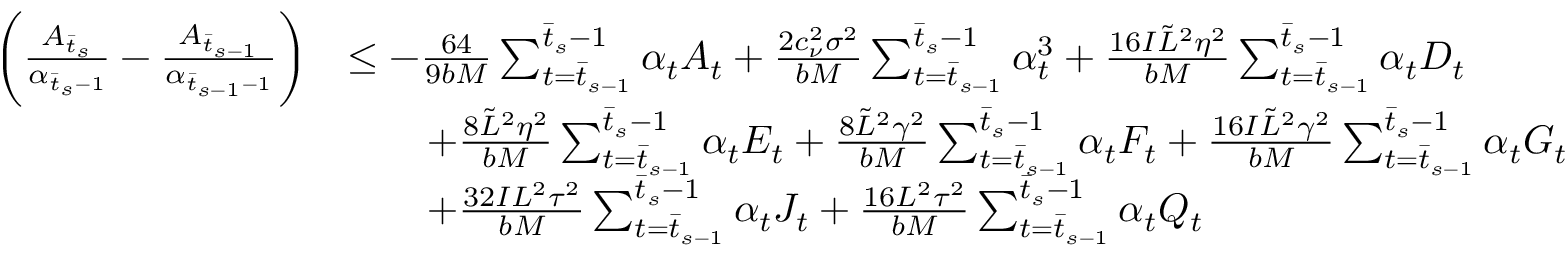
\begin{array} { r l } { \bigg ( \frac { A _ { \bar { t } _ { s } } } { \alpha _ { \bar { t } _ { s } - 1 } } - \frac { A _ { \bar { t } _ { s - 1 } } } { \alpha _ { \bar { t } _ { s - 1 } - 1 } } \bigg ) } & { \leq - \frac { 6 4 } { 9 b M } \sum _ { t = \bar { t } _ { s - 1 } } ^ { \bar { t } _ { s } - 1 } \alpha _ { t } A _ { t } + \frac { 2 c _ { \nu } ^ { 2 } \sigma ^ { 2 } } { b M } \sum _ { t = \bar { t } _ { s - 1 } } ^ { \bar { t } _ { s } - 1 } \alpha _ { t } ^ { 3 } + \frac { 1 6 I \tilde { L } ^ { 2 } \eta ^ { 2 } } { b M } \sum _ { t = \bar { t } _ { s - 1 } } ^ { \bar { t } _ { s } - 1 } \alpha _ { t } D _ { t } } \\ & { \qquad + \frac { 8 \tilde { L } ^ { 2 } \eta ^ { 2 } } { b M } \sum _ { t = \bar { t } _ { s - 1 } } ^ { \bar { t } _ { s } - 1 } \alpha _ { t } E _ { t } + \frac { 8 \tilde { L } ^ { 2 } \gamma ^ { 2 } } { b M } \sum _ { t = \bar { t } _ { s - 1 } } ^ { \bar { t } _ { s } - 1 } \alpha _ { t } F _ { t } + \frac { 1 6 I \tilde { L } ^ { 2 } \gamma ^ { 2 } } { b M } \sum _ { t = \bar { t } _ { s - 1 } } ^ { \bar { t } _ { s } - 1 } \alpha _ { t } G _ { t } } \\ & { \qquad + \frac { 3 2 I L ^ { 2 } \tau ^ { 2 } } { b M } \sum _ { t = \bar { t } _ { s - 1 } } ^ { \bar { t } _ { s } - 1 } \alpha _ { t } J _ { t } + \frac { 1 6 L ^ { 2 } \tau ^ { 2 } } { b M } \sum _ { t = \bar { t } _ { s - 1 } } ^ { \bar { t } _ { s } - 1 } \alpha _ { t } Q _ { t } } \end{array}